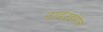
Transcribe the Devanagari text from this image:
नाइटइंगेल